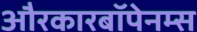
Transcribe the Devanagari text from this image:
औरकारबॉपेनम्स